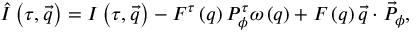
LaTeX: \hat { I } \left( \tau , \vec { q } \right) = I \left( \tau , \vec { q } \right) - F ^ { \tau } \left( q \right) P _ { \phi } ^ { \tau } \omega \left( q \right) + F \left( q \right) \vec { q } \cdot { \vec { P } } _ { \phi } ,